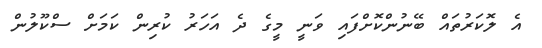
އެ ލޮކަރުތައް ބޭނުންކޮށްފައި ވަނީ މީގެ ދެ އަހަރު ކުރިން ކަމަށް ސްކޫލުން